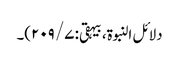
دلائل النبوۃ، بیہقی: ۷/ ۲۰۹)۔